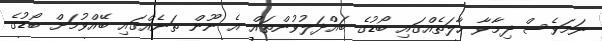
ނަމަވެސް ދިމާވާ ހާލަތެއްގައި ބޯޑުގެ ބައްދަލުވުންތައް އެ ނޫން ތަނެއްގައި ބޭއްވުމަށް ބޯޑުގެ